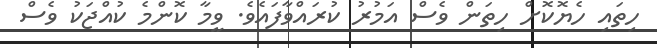
ހިތައި ހެޔޮކޮށް ހިތަން ވެސް އަމުރު ކުރައްވާފައެވެ. ވީމާ ކޮންމެ ކުއްޖަކު ވެސް